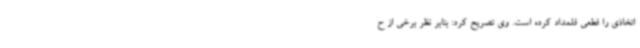
اتخاذی را قطعی قلمداد کرده است. وی تصریح کرد: بنابر نظر برخی از ح